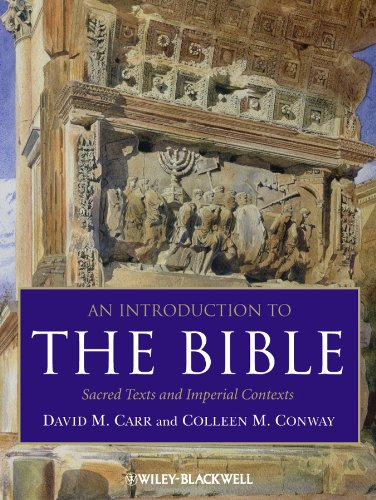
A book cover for An Introduction to the Bible: Sacred Texts and Imperial Contexts; David M. Carr; Christian Books & Bibles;